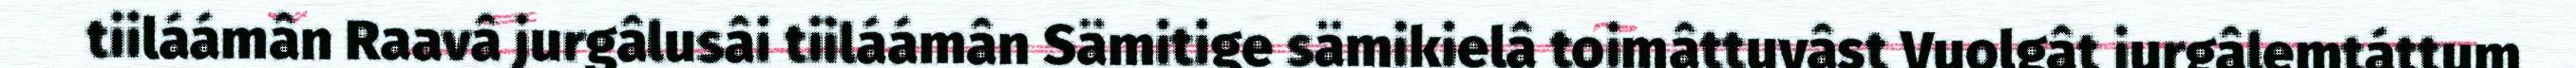
tiiláámân Raavâ jurgâlusâi tiiláámân Sämitige sämikielâ toimâttuvâst Vuolgât jurgâlemtáttum